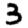
Digit: 3